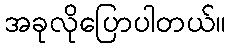
အခုလိုပြောပါတယ်။